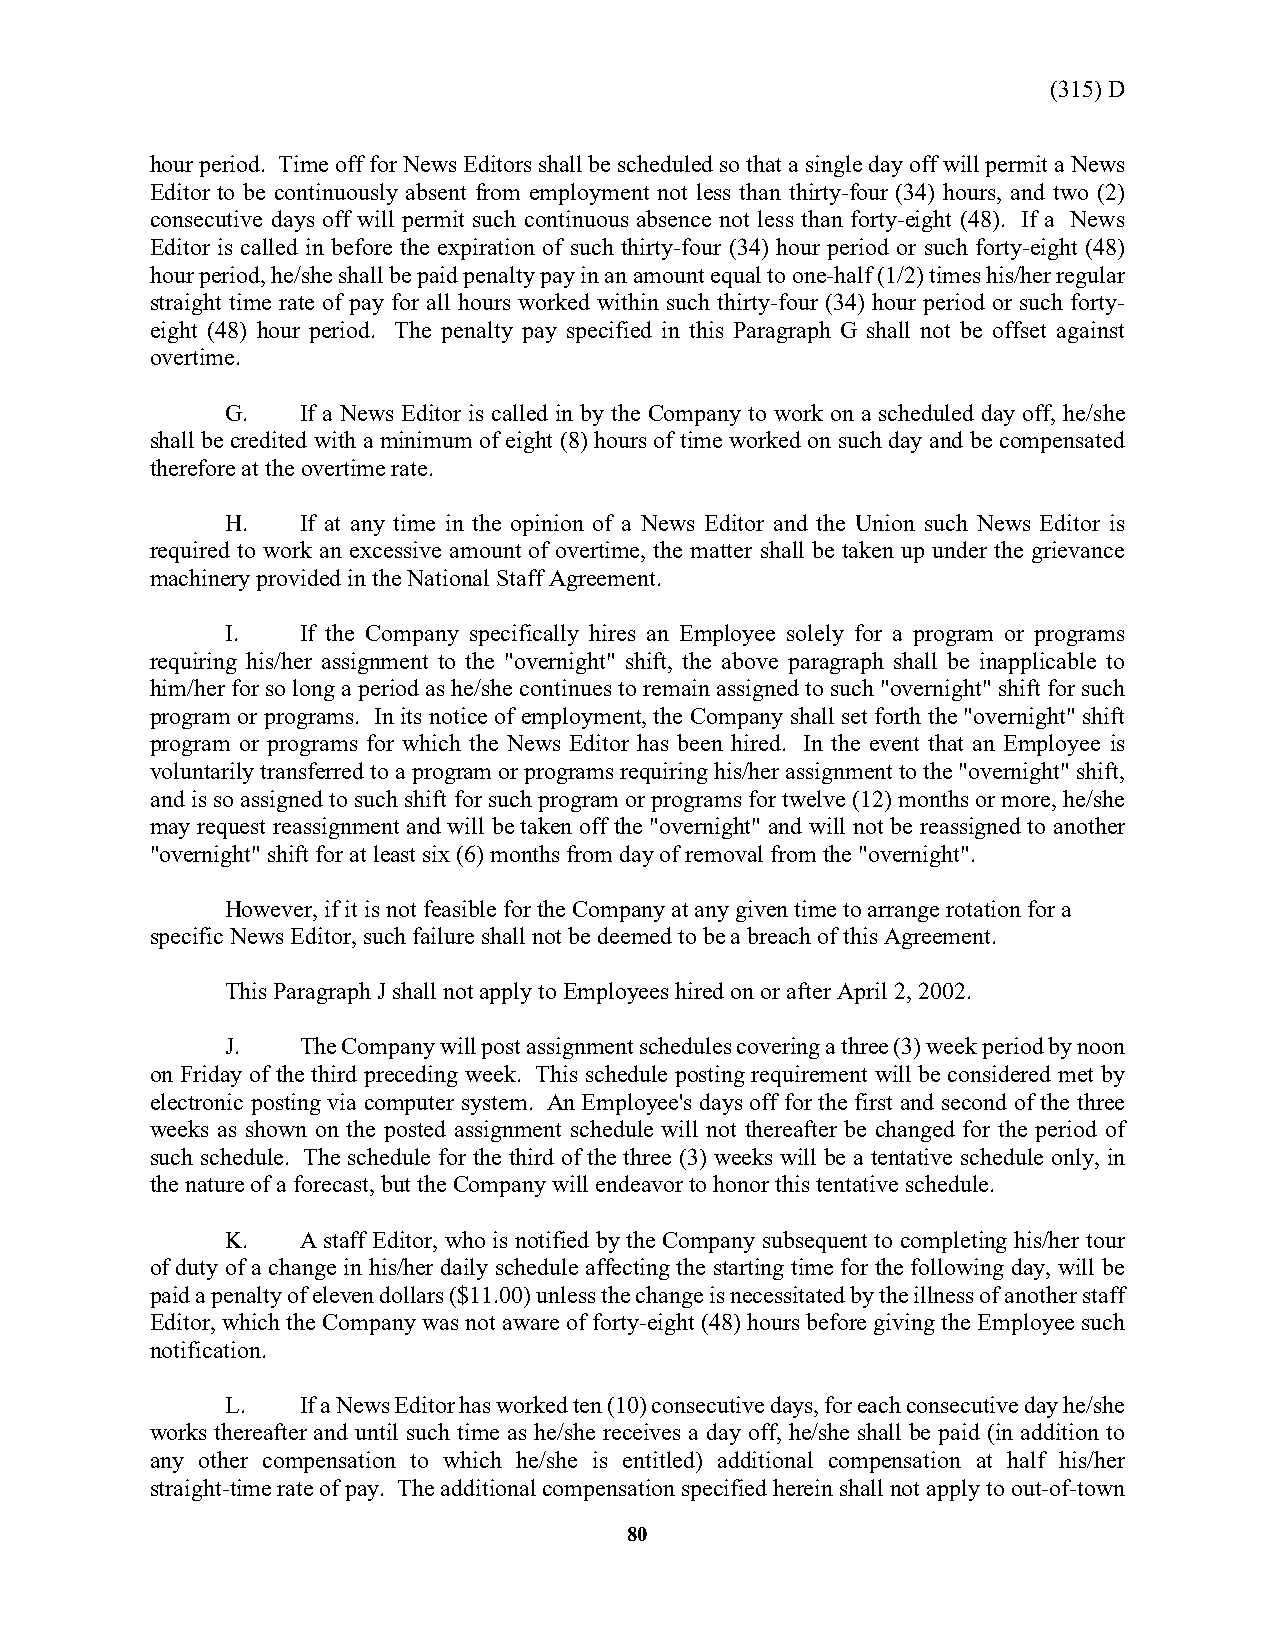
(315) D
 hour period. Time off for News Editors shall be scheduled so that a single day off will permit a News
 Editor to be continuously absent from employment not less than thirty-four (34) hours, and two (2)
 consecutive days off will permit such continuous absence not less than forty-eight (48). If a News
 Editor is called in before the expiration of such thirty-four (34) hour period or such forty-eight (48)
 hour period, he/she shall be paid penalty pay in an amount equal to one-half (1/2) times his/her regular
 straight time rate of pay for all hours worked within such thirty-four (34) hour period or such forty-
 eight (48) hour period. The penalty pay specified in this Paragraph G shall not be offset against
 overtime.
 G.   If a News Editor is called in by the Company to work on a scheduled day off, he/she
 shall be credited with a minimum of eight (8) hours of time worked on such day and be compensated
 therefore at the overtime rate.
 H.   If at any time in the opinion of a News Editor and the Union such News Editor is
 required to work an excessive amount of overtime, the matter shall be taken up under the grievance
 machinery provided in the National Staff Agreement.
 I.   If the Company specifically hires an Employee solely for a program or programs
 requiring his/her assignment to the "overnight" shift, the above paragraph shall be inapplicable to
 him/her for so long a period as he/she continues to remain assigned to such "overnight" shift for such
 program or programs. In its notice of employment, the Company shall set forth the "overnight" shift
 program or programs for which the News Editor has been hired. In the event that an Employee is
 voluntarily transferred to a program or programs requiring his/her assignment to the "overnight" shift,
 and is so assigned to such shift for such program or programs for twelve (12) months or more, he/she
 may request reassignment and will be taken off the "overnight" and will not be reassigned to another
 "overnight" shift for at least six (6) months from day of removal from the "overnight".
 However, if it is not feasible for the Company at any given time to arrange rotation for a
 specific News Editor, such failure shall not be deemed to be a breach of this Agreement.
 This Paragraph J shall not apply to Employees hired on or after April 2, 2002.
 J.   The Company will post assignment schedules covering a three (3) week period by noon
 on Friday of the third preceding week. This schedule posting requirement will be considered met by
 electronic posting via computer system. An Employee's days off for the first and second of the three
 weeks as shown on the posted assignment schedule will not thereafter be changed for the period of
 such schedule. The schedule for the third of the three (3) weeks will be a tentative schedule only, in
 the nature of a forecast, but the Company will endeavor to honor this tentative schedule.
 K.   A staff Editor, who is notified by the Company subsequent to completing his/her tour
 of duty of a change in his/her daily schedule affecting the starting time for the following day, will be
 paid a penalty of eleven dollars ($11.00) unless the change is necessitated by the illness of another staff
 Editor, which the Company was not aware of forty-eight (48) hours before giving the Employee such
 notification.
 L.   If a News Editor has worked ten (10) consecutive days, for each consecutive day he/she
 works thereafter and until such time as he/she receives a day off, he/she shall be paid (in addition to
 any other compensation to which he/she is entitled) additional compensation at half his/her
 straight-time rate of pay. The additional compensation specified herein shall not apply to out-of-town
 80